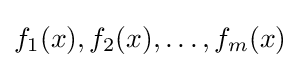
f_{1}(x),f_{2}(x),\dots ,f_{m}(x)